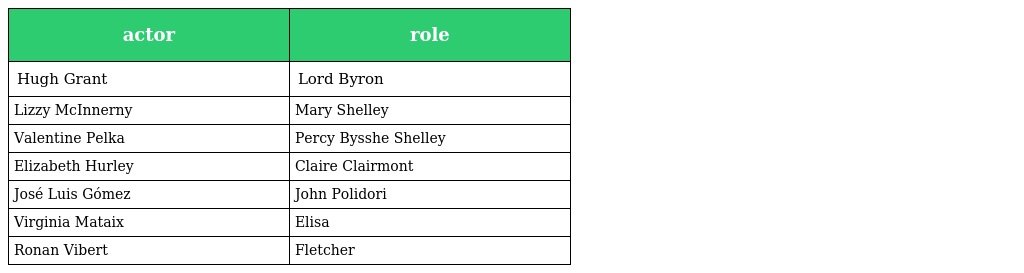
| actor | role |
 | --- | --- |
 | Hugh Grant | Lord Byron |
 | Lizzy McInnerny | Mary Shelley |
 | Valentine Pelka | Percy Bysshe Shelley |
 | Elizabeth Hurley | Claire Clairmont |
 | José Luis Gómez | John Polidori |
 | Virginia Mataix | Elisa |
 | Ronan Vibert | Fletcher |